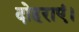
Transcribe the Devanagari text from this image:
दोहराएं।